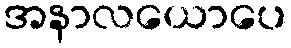
အနာလယောပေ